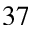
3 7